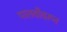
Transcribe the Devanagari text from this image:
पालवीवरून